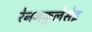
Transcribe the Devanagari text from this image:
रेननकुलेसेइ